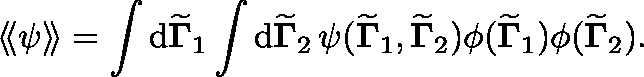
\langle \! \langle \psi \rangle \! \rangle = \int \mathrm { d } { \widetilde { \mathbf { \Gamma } } } _ { 1 } \int \mathrm { d } { \widetilde { \mathbf { \Gamma } } } _ { 2 } \, \psi ( { \widetilde { \mathbf { \Gamma } } } _ { 1 } , { \widetilde { \mathbf { \Gamma } } } _ { 2 } ) \phi ( { \widetilde { \mathbf { \Gamma } } } _ { 1 } ) \phi ( { \widetilde { \mathbf { \Gamma } } } _ { 2 } ) .